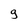
Character: 9